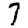
Digit: 7